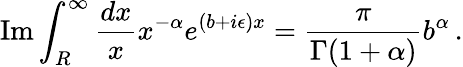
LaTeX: \mathrm{Im}\int_{R}^{\infty}\frac{dx}{x}x^{-\alpha}e^{(b+i\epsilon)x}=\frac{\pi}{\Gamma(1+\alpha)}b^{\alpha}\, .